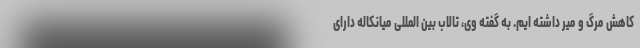
کاهش مرگ و میر داشته ایم. به گفته وی، تالاب بین المللی میانکاله دارای